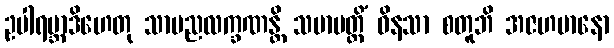
ဥပါရမ္ဘာဒိဟေတု သာမညလက္ခဏန္တိ သမာပတ္တိံ ဝိနသာ စတူဘိ အဇဟမာနော